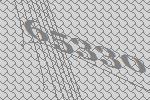
65330